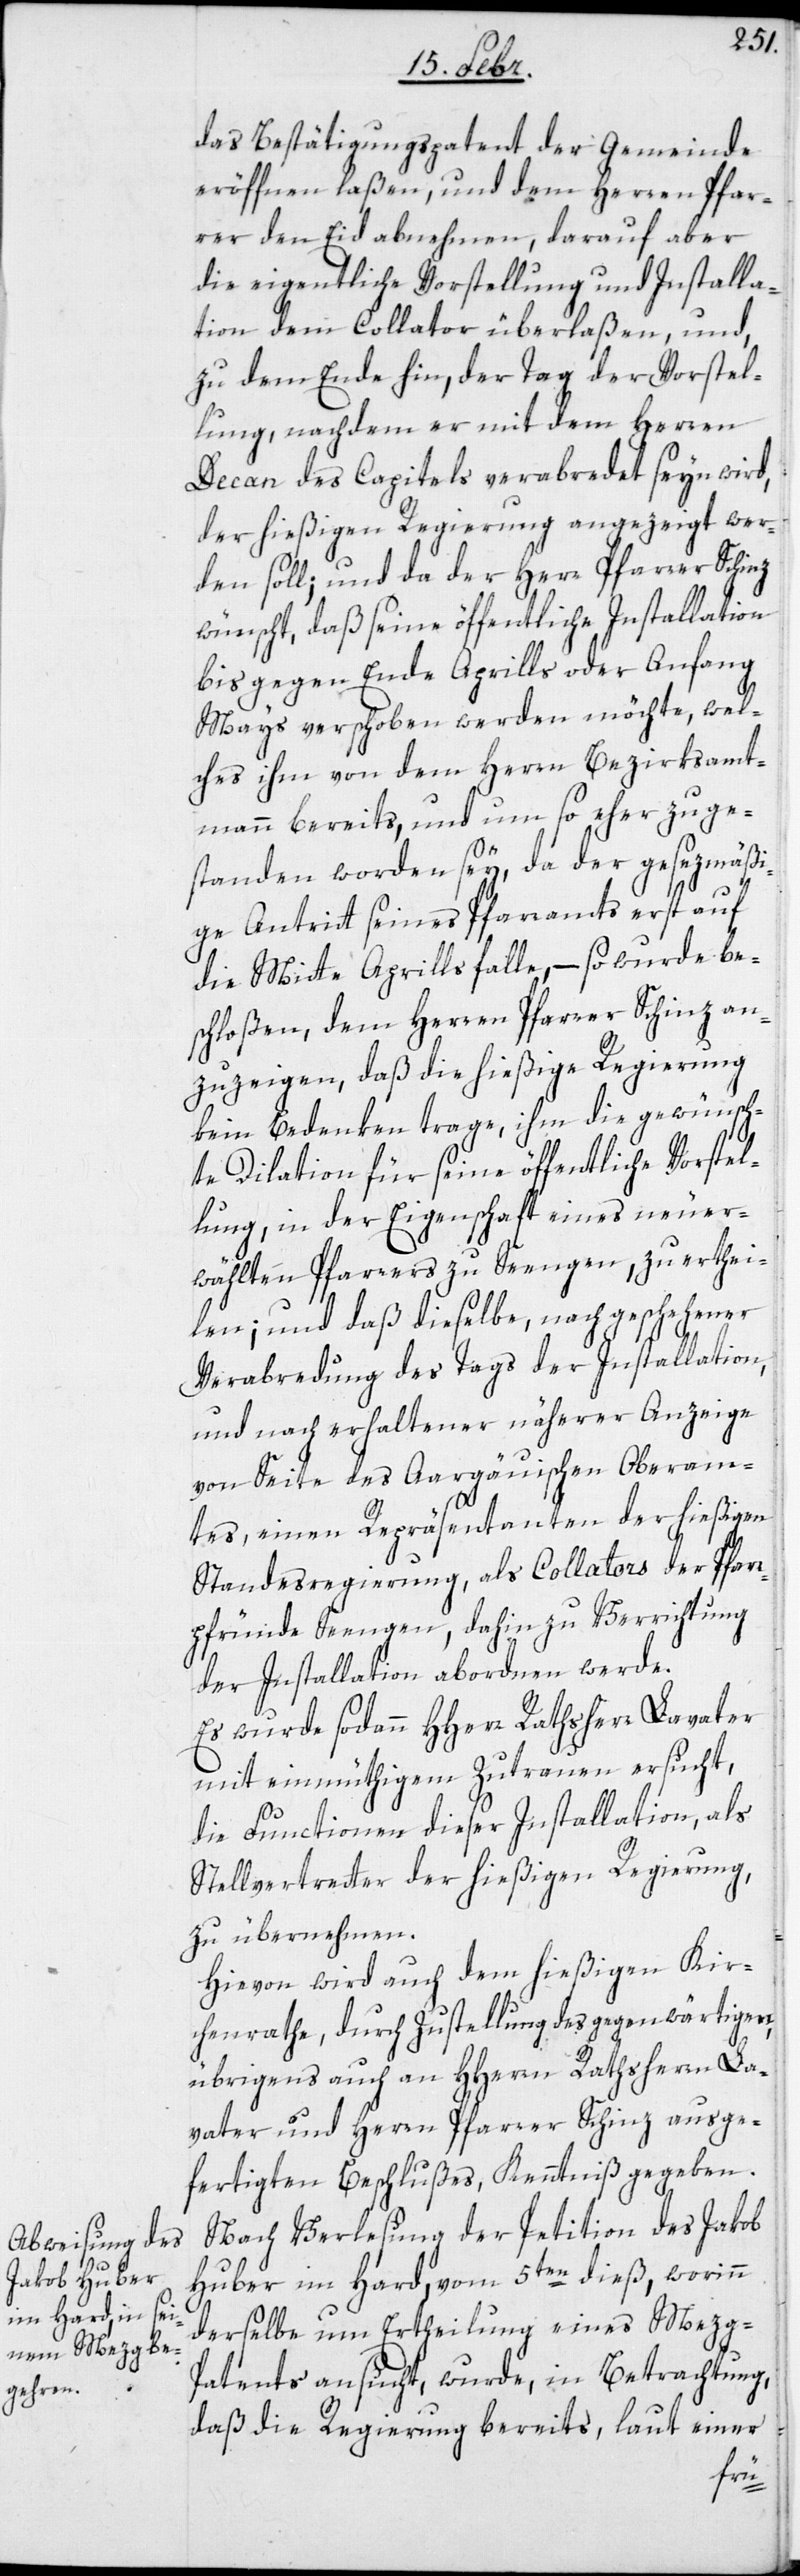
das Bestätigungspatent der Gemeinde
eröffnen laßen, und dem Herren Pfar¬
rer den Eid abnehmen, darauf aber
die eigentliche Vorstellung und Installa¬
tion dem Collator überlaßen, und
zu dem Ende hin, der Tag der Vorstel¬
lung, nachdem er mit dem Herren
Decan das Capitels verabredet seyn wird,
der hießigen Regierung angezeigt wer¬
den soll; und da der Herr Pfarrer Schinz
wünscht, daß seine öffentliche Installation
bis gegen Ende Aprills oder Anfang
Mays verschoben werden möchte, wel¬
ches ihm von dem Herrn Bezirksamt¬
mann bereits, und um so eher zuge¬
standen worden sey, da der gesezmäßi¬
ge Antritt seines Pfarramts erst auf
die Mitte Aprills falle, – so wurde be¬
schloßen, dem Herren Pfarrer Schinz an¬
zuzeigen, daß die hießige Regierung
kein Bedenken trage, ihm die gewünsch¬
te Dilation für seine öffentliche Vorstel¬
lung, in der Eigenschaft eines neu er¬
wählten Pfarrers zu Seengen, zu erthei¬
len; und daß dieselbe, nach geschehener
Verabredung des Tags der Installation,
und nach erhaltener näherer Anzeige
von Seite des Aargäuischen Oberam¬
tes, einen Repräsentanten der hießigen
Standesregierung, als Collators der Pfarr¬
pfründe Seengen, dahin zu Verrichtung
der Installation abordnen werde.
Es wurde sodann HHerr Rathsherr Lavater
mit einmüthigem Zutrauen ersucht,
die Functionen dieser Installation, als
Stellvertreter der hießigen Regierung,
zu übernehmen.
Hievon wird auch dem hießigen Kir¬
chenrathe, durch Zustellung des gegenwärtigen,
übrigens auch an HHerrn Rathsherren La¬
vater und Herrn Pfarrer Schinz ausge¬
fertigten Beschlußes, Kenntniß gegeben.
Nach Verlesung der Petition des Jakob
Huber im Hard, vom 5ten dieß, worinn
derselbe um Ertheilung eines Mezg-P¬
atents ansucht, wurde, in Betrachtung,
daß die Regierung bereits, laut einer